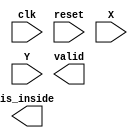
module geofence ( clk,reset,X,Y,valid,is_inside);
input clk;
input reset;
input [9:0] X;
input [9:0] Y;
output reg valid;
output reg is_inside;
reg [2:0]current_state,next_state;
reg [9:0]point[6:0][1:0];
wire signed[20:0]cross;
parameter idle = 0;
always @(posedge clk or posedge reset)
begin
    if(reset)
        current_state<= idle;
    else
        current_state<=next_state;
end
endmodule